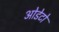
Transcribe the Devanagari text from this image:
ओडेटो